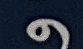
و